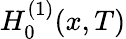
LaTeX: H_{0}^{(1)}(x,T)